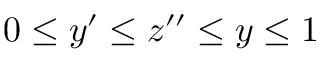
0 \leq y ^ { \prime } \leq z ^ { \prime \prime } \leq y \leq 1